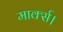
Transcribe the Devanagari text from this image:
मार्क्स।